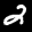
Label: 2